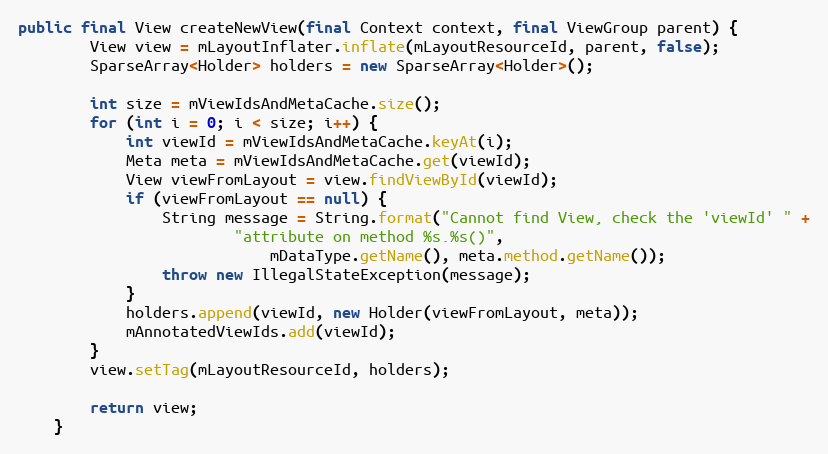
Language: Java
public final View createNewView(final Context context, final ViewGroup parent) {
        View view = mLayoutInflater.inflate(mLayoutResourceId, parent, false);
        SparseArray<Holder> holders = new SparseArray<Holder>();

        int size = mViewIdsAndMetaCache.size();
        for (int i = 0; i < size; i++) {
            int viewId = mViewIdsAndMetaCache.keyAt(i);
            Meta meta = mViewIdsAndMetaCache.get(viewId);
            View viewFromLayout = view.findViewById(viewId);
            if (viewFromLayout == null) {
                String message = String.format("Cannot find View, check the 'viewId' " +
                        "attribute on method %s.%s()",
                            mDataType.getName(), meta.method.getName());
                throw new IllegalStateException(message);
            }
            holders.append(viewId, new Holder(viewFromLayout, meta));
            mAnnotatedViewIds.add(viewId);
        }
        view.setTag(mLayoutResourceId, holders);

        return view;
    }